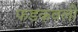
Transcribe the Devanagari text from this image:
फडकवली